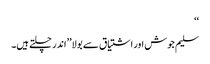
‘‘
سلیم جوش اور اشتیاق سے بولا’’اندر چلتے ہیں۔